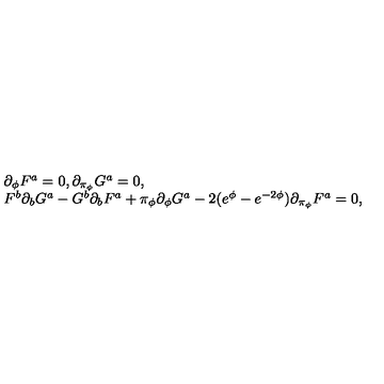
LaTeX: \left. \begin{array} { l } { \partial _ { \phi } F ^ { a } = 0 , \partial _ { \pi _ { \phi } } G ^ { a } = 0 , } \\ { F ^ { b } \partial _ { b } G ^ { a } - G ^ { b } \partial _ { b } F ^ { a } + \pi _ { \phi } \partial _ { \phi } G ^ { a } - 2 ( e ^ { \phi } - e ^ { - 2 \phi } ) \partial _ { \pi _ { \phi } } F ^ { a } = 0 , } \\ \end{array} \right.